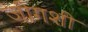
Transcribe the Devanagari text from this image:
जींगशी